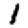
Digit: 1